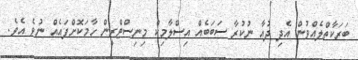
ބަރަކާތްލެއްވުން އެދި ދުއާ ނުކުރާ ސަބަބެއް އިސްލާމިކް މިނިސްޓްރީން ހާމަކޮށްފައެއް ނުވެ އެވެ.